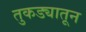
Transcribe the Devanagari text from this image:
तुकड्यातून